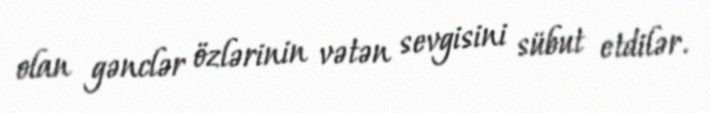
olan gənclər özlərinin vətən sevgisini sübut etdilər.